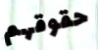
حقوقهم